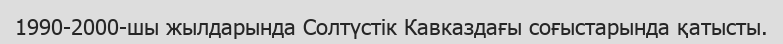
1990-2000-шы жылдарында Солтүстік Кавказдағы соғыстарында қатысты.